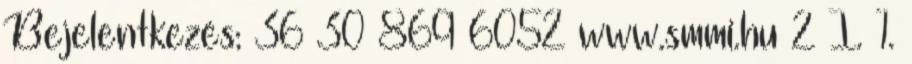
Bejelentkezés: 36 30 869 6052 www.smmi.hu 2 I. 1.